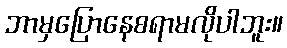
ဘာမှပြောနေစရာမလိုပါဘူး။